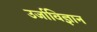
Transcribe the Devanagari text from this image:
उर्जाविज्ञान